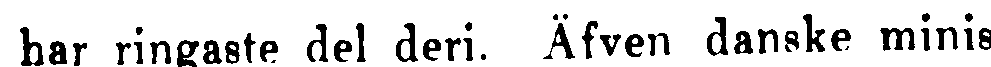
har ringaste del deri. Äfven danske minis-